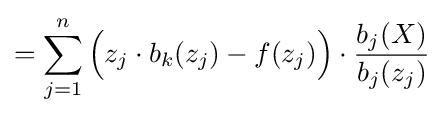
=\sum _{j=1}^{n}{\Big (}z_{j}\cdot b_{k}(z_{j})-f(z_{j}){\Big )}\cdot {\frac {b_{j}(X)}{b_{j}(z_{j})}}